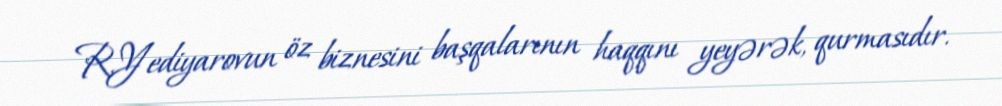
R.Yediyarovun öz biznesini başqalarının haqqını yeyərək, qurmasıdır.